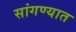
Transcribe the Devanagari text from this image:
सांगण्‍यात